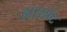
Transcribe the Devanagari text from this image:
हारलॉट